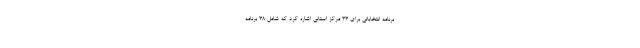
برنامه انتخاباتی برای 33 مرکز استانی اشاره کرد که شامل 38 برنامه